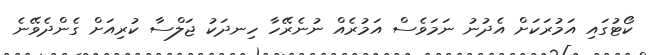
ކޯޓުގައި އަމުރަކަށް އެދުނު ނަމަވެސް އަމުރެއް ނުނެރޭހާ ހިނދަކު ޖަލްސާ ކުރިއަށް ގެންދެވޭނެ